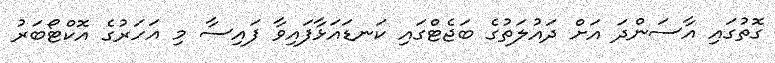
ގޮތުގައި އާސަންދަ އަށް ދައުލަތުގެ ބަޖެޓްގައި ކަނޑައަޅާފައިވާ ފައިސާ މި އަހަރުގެ އޮކްޓޯބަރު